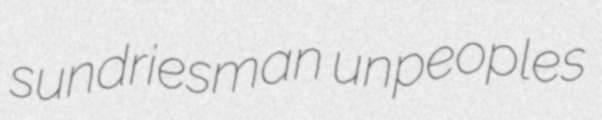
sundriesman unpeoples